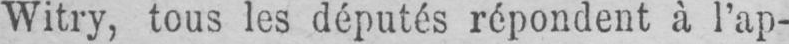
Witry, tous les députés répondent à l’ap-